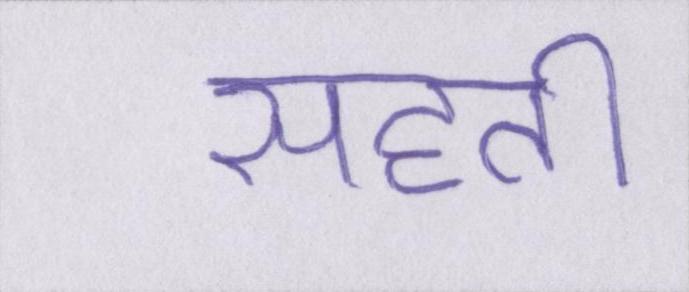
सहती